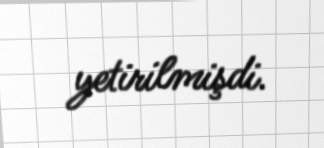
yetirilmişdi.